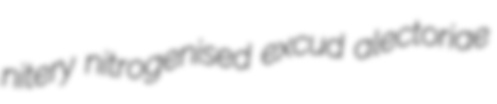
nitery nitrogenised excud alectoriae